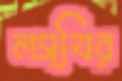
লস্যির